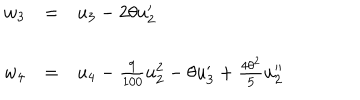
\begin{array} { l c l } { { w _ { 3 } } } & { { = } } & { { u _ { 3 } - 2 \theta u _ { 2 } ^ { \prime } } } \\ { { w _ { 4 } } } & { { = } } & { { u _ { 4 } - \frac { 9 } { 1 0 0 } u _ { 2 } ^ { 2 } - \theta u _ { 3 } ^ { \prime } + \frac { { 4 \theta ^ { 2 } } } { 5 } u _ { 2 } ^ { \prime \prime } } } \\ \end{array}